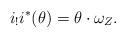
LaTeX: \begin{align*}i_!i^\ast(\theta) =\theta \cdot \omega_Z.\end{align*}